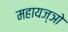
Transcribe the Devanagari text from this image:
महायज्ञो